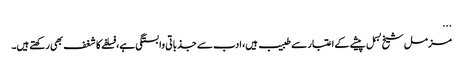
...
مزمل شیخ بسمل پیشے کے اعتبار سے طبیب ہیں، ادب سے جذباتی وابستگی ہے، فسلفے کا شغف بھی رکھتے ہیں۔